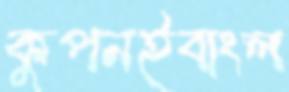
কুপনইবাংল